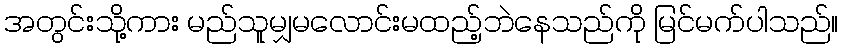
အတွင်းသို့ကား မည်သူမျှမလောင်းမထည့်ဘဲနေသည်ကို မြင်မက်ပါသည်။